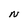
Character: N